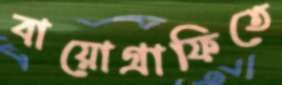
বায়োগ্রাফিতে